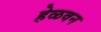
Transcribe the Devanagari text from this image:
हेळवन